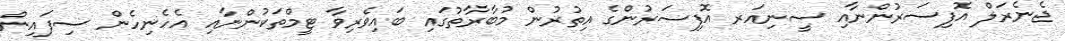
ޖެނެރަލް އޮފިސަރުންނާއި ސީނިއަރ އޮފިސަރުންގެ އިތުރުން މުބާރާތުގައި ބައިވެރިވާ ޓީމްތަކުންނާއި އެހެނިހެން ސިފައިން